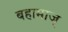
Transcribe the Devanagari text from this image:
बहामाज्